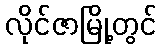
လိုင်ဇာမြို့တွင်